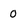
Character: 0